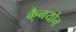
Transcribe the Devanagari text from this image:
कैनयोन